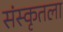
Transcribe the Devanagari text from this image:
संस्कृतला